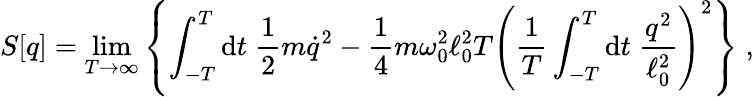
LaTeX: S[q]=\operatorname*{lim}_{T\rightarrow\infty}\left\{ \int_{-T}^{T}\mathrm{d}t\; \frac{1}{2}m\dot{{q}}^{2}-\frac{1}{4}m\omega_{0}^{2}\ell_{0}^{2}T\left({\frac{{1}}{{T}}}\int_{-T}^{T}\mathrm{d}t\; {\frac{{q^{2}}}{{\ell_{0}^{2}}}}\right)^{2}\right\} \; ,